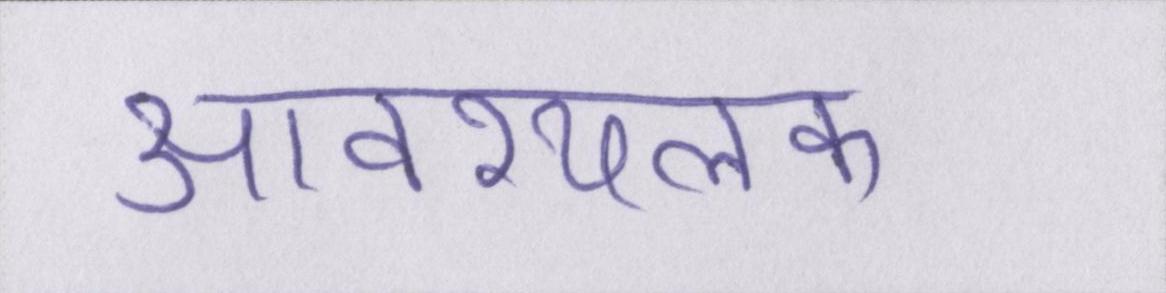
आवश्यलक